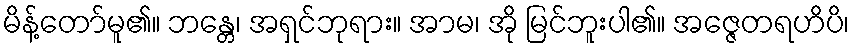
မိန့်တော်မူ၏။ ဘန္တေ၊ အရှင်ဘုရား။ အာမ၊ အို မြင်ဘူးပါ၏။ အဇ္ဇေတရဟိပိ၊